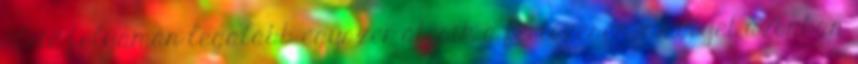
élete folyamán legalább egyszer átesik a fertőzésen, amelyet azonban